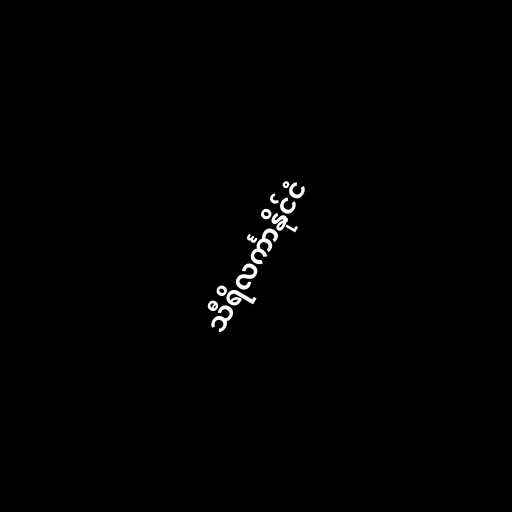
သီရိလင်္ကာနိုင်ငံ